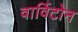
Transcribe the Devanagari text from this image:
वार्विटोन